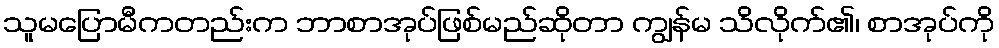
သူမပြောမီကတည်းက ဘာစာအုပ်ဖြစ်မည်ဆိုတာ ကျွန်မ သိလိုက်၏၊ စာအုပ်ကို